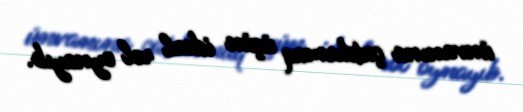
ünvanına çatdırmaq üçün ideal rol oynayıb.